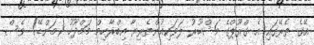
އޭގެ ތެރޭގައި އެ ގްރޫޕްގެ މަޝްހޫރު ލަވަކިއުންތެރިޔާ އިބްރާހިމް މަމްދޫހު (މަންޑޭ) ވެސް